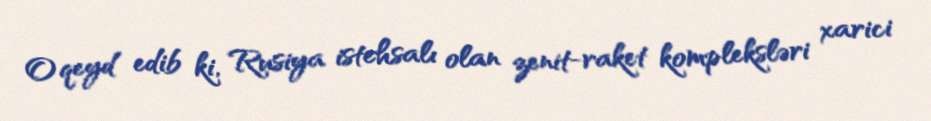
O qeyd edib ki, Rusiya istehsalı olan zenit-raket kompleksləri xarici